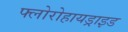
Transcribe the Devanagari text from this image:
फ्लोरोहायड्राइड